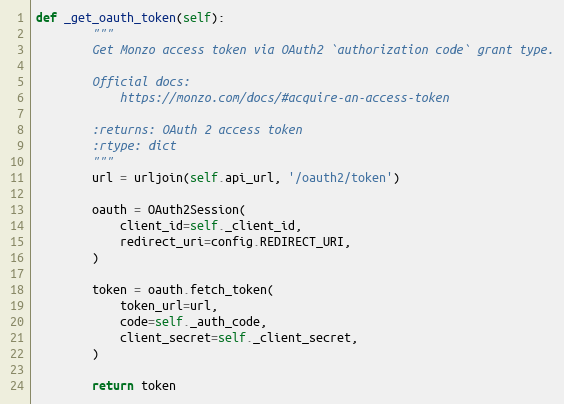
Language: Python
def _get_oauth_token(self):
        """
        Get Monzo access token via OAuth2 `authorization code` grant type.

        Official docs:
            https://monzo.com/docs/#acquire-an-access-token

        :returns: OAuth 2 access token
        :rtype: dict
        """
        url = urljoin(self.api_url, '/oauth2/token')

        oauth = OAuth2Session(
            client_id=self._client_id,
            redirect_uri=config.REDIRECT_URI,
        )

        token = oauth.fetch_token(
            token_url=url,
            code=self._auth_code,
            client_secret=self._client_secret,
        )

        return token